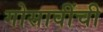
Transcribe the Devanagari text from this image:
गोसावींची